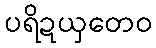
ပရိဍယှတေဝ